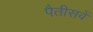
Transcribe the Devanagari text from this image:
पैतीसवें